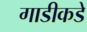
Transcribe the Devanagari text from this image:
गाडीकडे